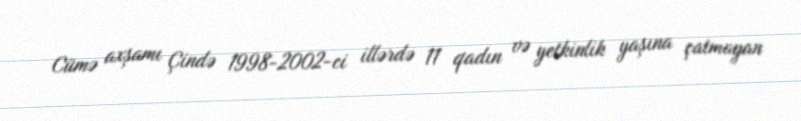
Cümə axşamı Çində 1998-2002-ci illərdə 11 qadın və yetkinlik yaşına çatmayan